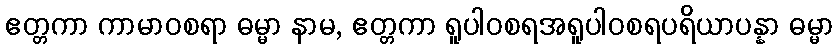
ဧတ္တကာ ကာမာဝစရာ ဓမ္မာ နာမ, ဧတ္တကာ ရူပါဝစရအရူပါဝစရပရိယာပန္နာ ဓမ္မာ